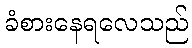
ခံစားနေရလေသည်